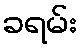
ခရမ်း